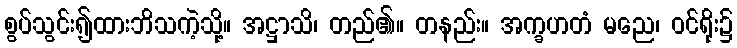
စွပ်သွင်း၍ထားဘိသကဲ့သို့။ အဋ္ဌာသိ၊ တည်၏။ တနည်း။ အက္ခဟတံ မညေ၊ ဝင်ရိုး၌